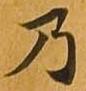
乃